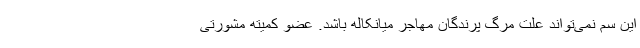
این سم نمی‌تواند علت مرگ پرندگان مهاجر میانکاله باشد. عضو کمیته مشورتی